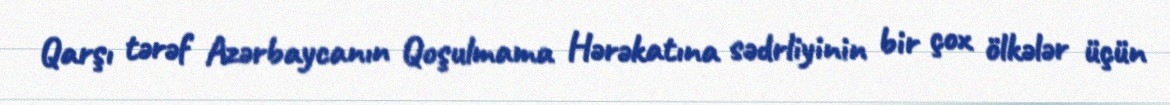
Qarşı tərəf Azərbaycanın Qoşulmama Hərəkatına sədrliyinin bir çox ölkələr üçün